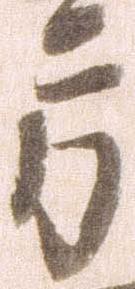
方